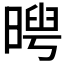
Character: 𣉃